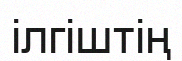
ілгіштің